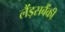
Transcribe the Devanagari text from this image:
लैंड्सबैंकी